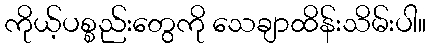
ကိုယ့်ပစ္စည်းတွေကို သေချာထိန်းသိမ်းပါ။